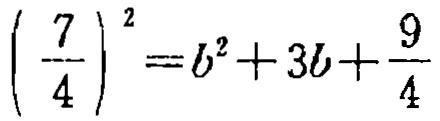
$\left(\frac{7}{4}\right)^{2}=b^{2}+3b+\frac{9}{4}$